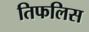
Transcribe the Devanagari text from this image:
तिफलिस